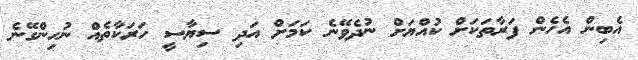
އެބިން އެހެން ފަރާތަކަށް ކުއްޔަށް ނުދެވޭނެ ކަމަށް އަދި ސިޔާސީ ހަރަކާތެއް ނުހިންގޭނެ